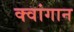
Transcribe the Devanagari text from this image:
क्वांगान